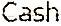
CASH